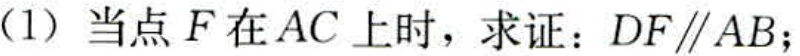
(1) 当点 \(F\) 在 \(AC\) 上时，求证：\(DF\parallel AB\)；